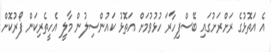
އެ އަތޮޅުގެ ރަށްރަށުގައި ބޭސްފިހާރަ ހުޅުވުމަށް އަތޮޅު ކައުންސިލުން މާލީ އެހީތެރިކަން ފޯރުކޮށް